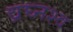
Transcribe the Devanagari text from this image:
व्रघ्नश्व